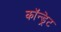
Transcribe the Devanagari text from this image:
कॉन्ड्रेट